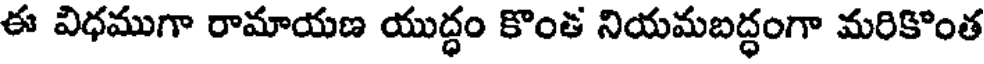
ఈ విధముగా రామాయణ యుద్ధం కొంత నియమబద్ధంగా మరికొంత